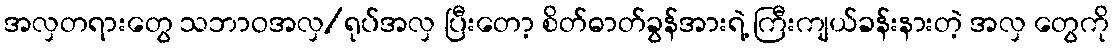
အလှတရားတွေ သဘာဝအလှ/ရုပ်အလှ ပြီးတော့ စိတ်ဓာတ်ခွန်အားရဲ့ ကြီးကျယ်ခန်းနားတဲ့ အလှ တွေကို